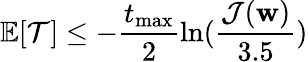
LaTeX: \mathbb{E}[\mathcal{T}]\le-\frac{t_{\operatorname*{max}}}{2}\ln(\frac{\mathcal{J}(\mathbf{w})}{3.5})